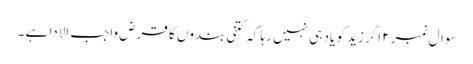
سوال نمبر ۲ اگر زید کو یاد ہی نہیں رہا کہ کتنی بندوں کا قرض واجب الادا ہے ۔